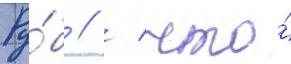
Ру́б // / что́